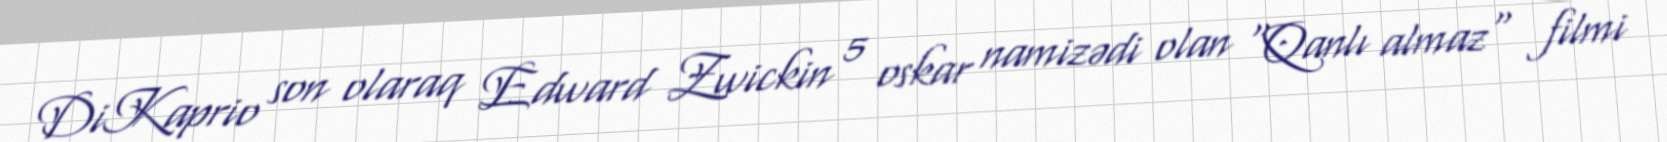
DiKaprio son olaraq Edward Zwickin 5 oskar namizədi olan "Qanlı almaz" filmi